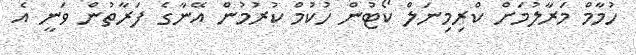
ހުމާމް މަރާލުމަށް ކްރިމިނަލް ކޯޓުން ހުކުމް ކުރުމުން އޭނާގެ ފަރާތުން ވަނީ އެ